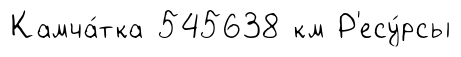
Камча́тка 545638 км Р'есу́рсы